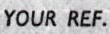
YOUR REF.